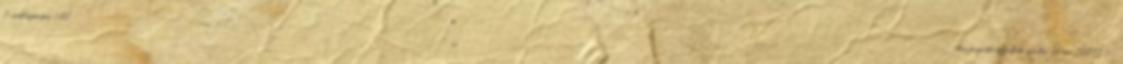
3 csuklóponton 180°-ban forgatható fekete színben Hama 108723 :